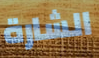
الشارة